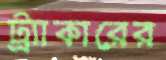
ট্র্যাকারের